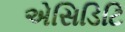
એસિડિટિ